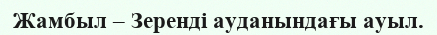
Жамбыл – Зеренді ауданындағы ауыл.